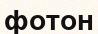
фотон